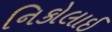
નિકોલાઈ